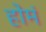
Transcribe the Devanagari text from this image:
होमं